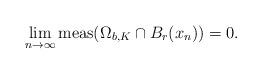
LaTeX: \begin{align*}\lim_{n\rightarrow\infty} \mbox{meas}(\Omega_{b,K} \cap B_r(x_n)) = 0.\end{align*}